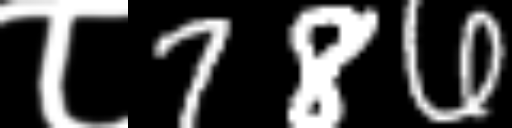
Text: ८786